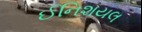
ઈનિશયલ